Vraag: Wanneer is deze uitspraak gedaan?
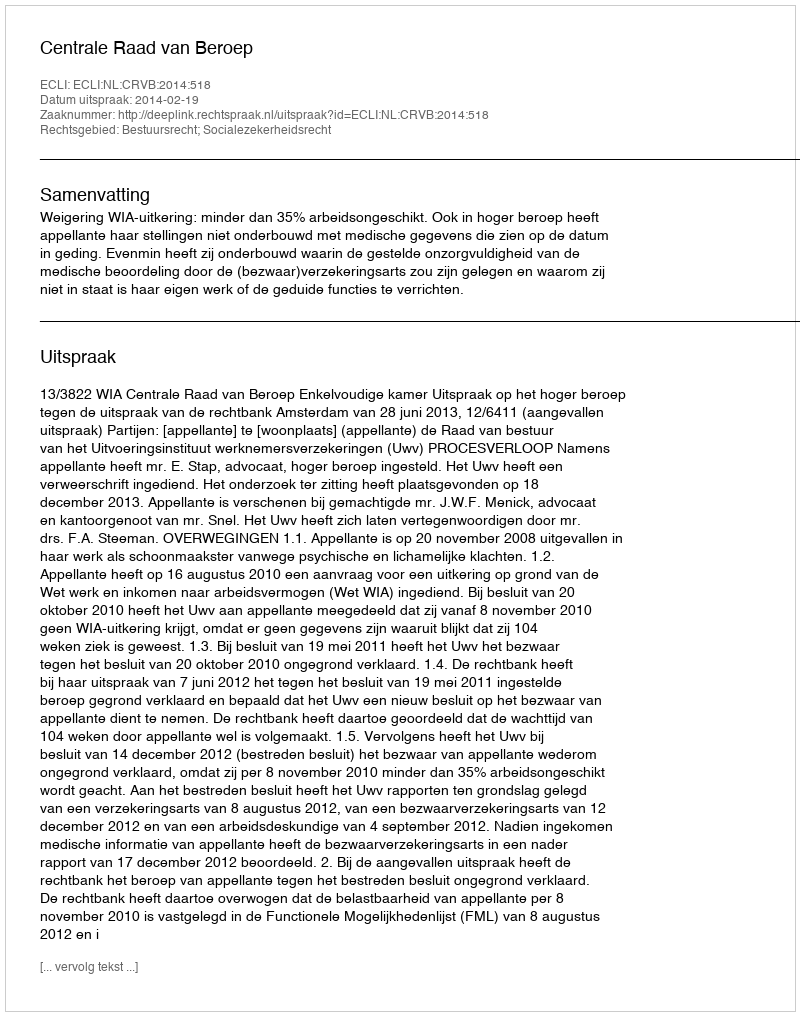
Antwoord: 2014-02-19